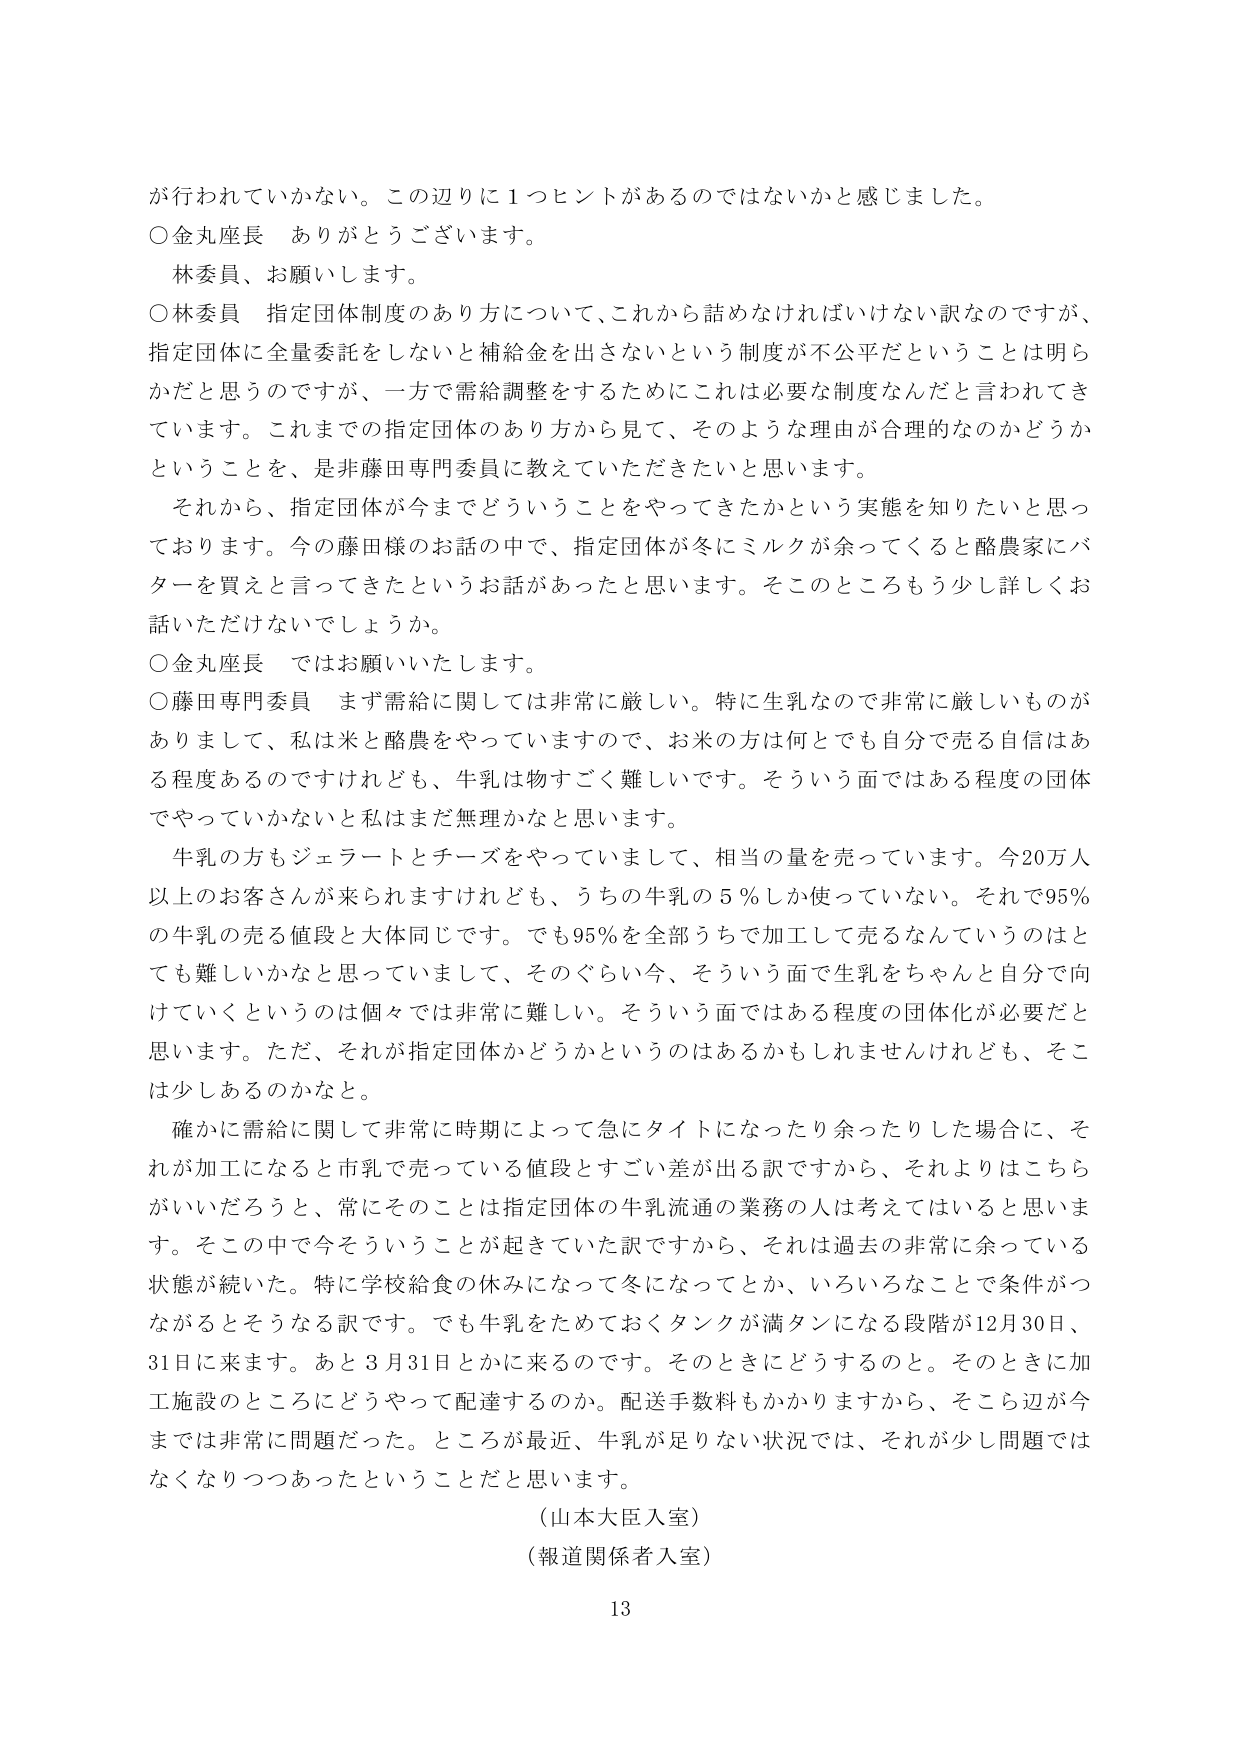
が行われていかない。この辺りに１つヒントがあるのではないかと感じました。

○金丸座長　ありがとうございます。
　林委員、お願いします。

○林委員　指定団体制度のあり方について、これから話めなければならない訳なのですが、
指定団体に全量委託をしないと補給金を出さないという制度が不公平だということは明ら
かだと思うのですが、一方で需給調整をするためにこれは必要な制度なんだと言われてき
ています。これまでの指定団体のあり方から見て、そのような理由が合理的なのかどうか
ということを、是非藤田専門委員に教えていただきたいと思います。

　それから、指定団体が今までどういうことをやってきたかという実態を知りたいと思っ
ております。今の藤田様のお話の中で、指定団体が冬にミルクが余ってくると酪農家にバ
ターを買えと言ってきたというお話があったと思います。そこのところもう少し詳しくお
話いただけないでしょうか。

○金丸座長　ではお願いいたします。

○藤田専門委員　まず需給に関しては非常に厳しい。特に生乳なので非常に厳しいものがあ
りまして、私は米と酪農をやっていますので、お米の方は何とでも自分で売る自信はあ
る程度あるのですけれども、牛乳は物すごく難しいです。そういう面ではある程度の団体
でやっていかないと私はまだ無理かなと思います。

　牛乳の方もジェラートとチーズをやっていまして、相当の量を売っています。今20万人
以上のお客さんが来られますけれども、うちの牛乳の５％しか使っていない。それで95％
の牛乳の売る値段と大体同じです。でも95％を全部うちで加工して売るなんていうのはと
ても難しいかなと思っていまして、そのぐらい今、そういう面で生乳をちゃんと自分で向
けていくというのは個々では非常に難しい。そういう面ではある程度の団体化が必要だと
思います。ただ、それが指定団体かどうかというのはあるかもしれませんが、そこ
は少しあるのかなと。

　確かに需給に関して非常に時期によって急にタイトになったり余ったりした場合に、そ
れが加工になると市乳で売っている値段とすごい差が出る訳ですから、それよりはこちら
がいいだろうと、常にそのことは指定団体の牛乳流通の業務の人は考えてはいると思いま
す。そこの中で今そういうことが起きていた訳ですから、それは過去の非常に余っている
状態が続いた。特に学校給食の休みになって冬になってとか、いろいろなことで条件がつ
ながるとそうなる訳です。でも牛乳をためておくタンクが満タンになる段階が12月30日、
31日に来ます。あと３月31日とかに来るのです。そのときにどうするのと。そのときに加
工施設のところにどうやって配達するのか。配送手数料もかかりますから、そこら辺が今
までは非常に問題だった。ところが最近、牛乳が足りない状況では、それが少し問題では
なくなりつつあったということだと思います。

（山本大臣入室）
（報道関係者入室）

13